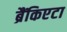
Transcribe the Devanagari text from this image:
ब्रैंकिएटा